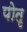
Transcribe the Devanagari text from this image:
पोतृ